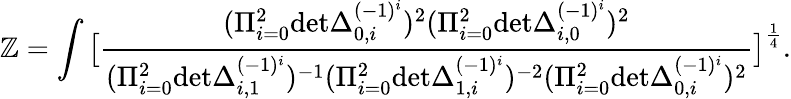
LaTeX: \mathbb{Z}=\int\big[{\frac{{(\Pi_{i=0}^{2}\mathrm{{det}}\Delta_{0,i}^{(-1)^{i}})^{2}(\Pi_{i=0}^{2}\mathrm{{det}}\Delta_{i,0}^{(-1)^{i}})^{2}}}{{(\Pi_{i=0}^{2}\mathrm{{det}}\Delta_{i,1}^{(-1)^{i}})^{-1}(\Pi_{i=0}^{2}\mathrm{{det}}\Delta_{1,i}^{(-1)^{i}})^{-2}(\Pi_{i=0}^{2}\mathrm{{det}}\Delta_{0,i}^{(-1)^{i}})^{2}}}}\big]^{\frac{{1}}{{4}}}.